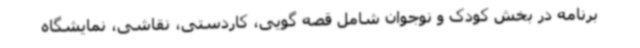
برنامه در بخش کودک و نوجوان شامل قصه گویی، کاردستی، نقاشی، نمایشگاه